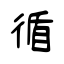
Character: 循